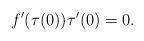
LaTeX: \begin{align*}f'(\tau(0))\tau'(0) = 0.\end{align*}